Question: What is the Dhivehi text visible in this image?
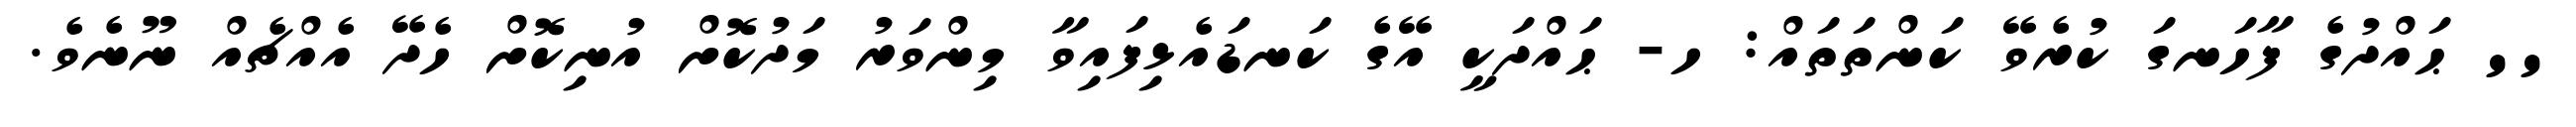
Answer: '' ޙައްދުގެ ފާހަނގަ ކުރެވޭ ކަންތަތައް: ހ- ޙައްދަކީ އޭގެ ކަނޑައެޅިފައިވާ މިންވަރު މަދުކޮށް އުނިކޮށް ހެދޭ އެއްޗެއް ނޫނެވެ.